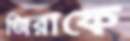
জিরাফে